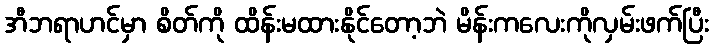
အီဘရာဟင်မှာ စိတ်ကို ထိန်းမထားနိုင်တော့ဘဲ မိန်းကလေးကိုလှမ်းဖက်ပြီး